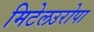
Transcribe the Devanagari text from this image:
मिटेलउरोपा